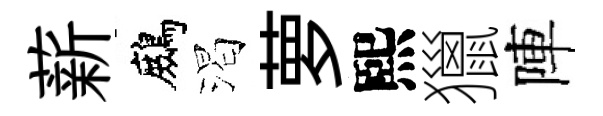
薪鷓渴萝熙獵陣